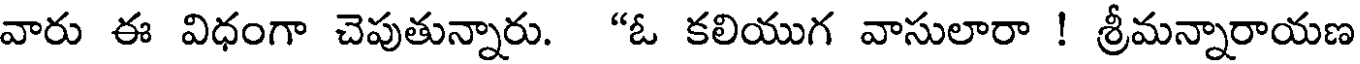
వారు ఈ విధంగా చెపుతున్నారు. "ఓ కలియుగ వాసులారా ! శ్రీమన్నారాయణ